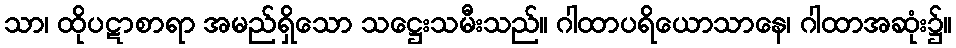
သာ၊ ထိုပဋာစာရာ အမည်ရှိသော သဋ္ဌေးသမီးသည်။ ဂါထာပရိယောသာနေ၊ ဂါထာအဆုံး၌။